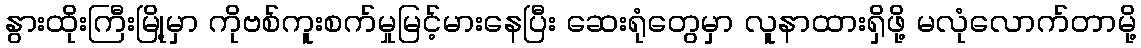
နွားထိုးကြီးမြို့မှာ ကိုဗစ်ကူးစက်မှုမြင့်မားနေပြီး ဆေးရုံတွေမှာ လူနာထားရှိဖို့ မလုံလောက်တာမို့